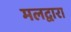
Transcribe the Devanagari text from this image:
मलद्वारा